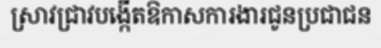
ស្រាវជ្រាវបង្កើតឱកាសការងារជូនប្រជាជន